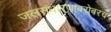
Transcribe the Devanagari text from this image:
जलसंधारणाबरोबरच